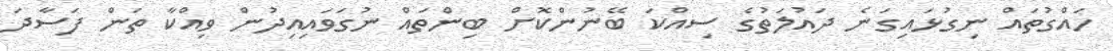
ހައްގުތައް ނިގުޅައިގަނެ ދައުލަތުގެ ސިއްކަ ބޭނުންކޮށް ބިންތައް ނުގަވައިއިދުން ވިއްކާ ތަން ފަސާދަ